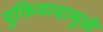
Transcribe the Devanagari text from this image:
युक्तिवादामुळे